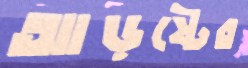
আড়ষ্টের